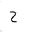
Letter: _ha